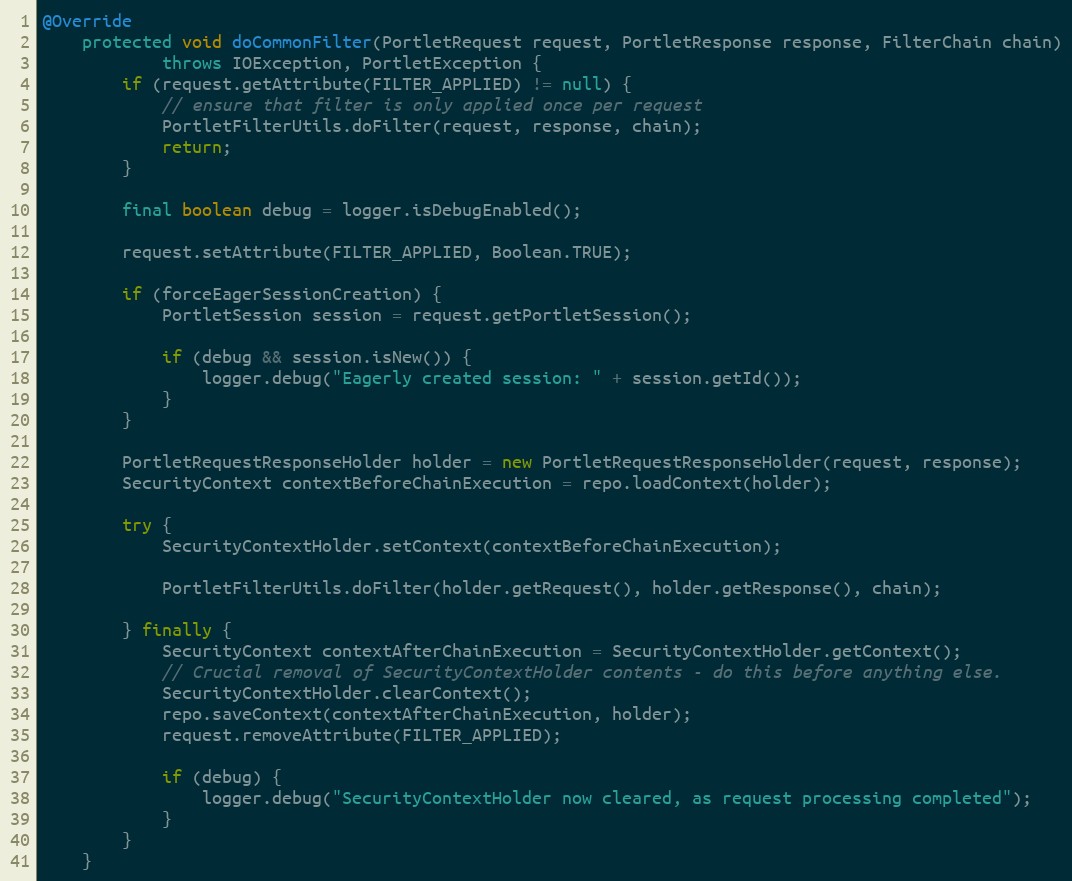
Language: Java
@Override
    protected void doCommonFilter(PortletRequest request, PortletResponse response, FilterChain chain)
            throws IOException, PortletException {
        if (request.getAttribute(FILTER_APPLIED) != null) {
            // ensure that filter is only applied once per request
            PortletFilterUtils.doFilter(request, response, chain);
            return;
        }

        final boolean debug = logger.isDebugEnabled();

        request.setAttribute(FILTER_APPLIED, Boolean.TRUE);

        if (forceEagerSessionCreation) {
            PortletSession session = request.getPortletSession();

            if (debug && session.isNew()) {
                logger.debug("Eagerly created session: " + session.getId());
            }
        }

        PortletRequestResponseHolder holder = new PortletRequestResponseHolder(request, response);
        SecurityContext contextBeforeChainExecution = repo.loadContext(holder);

        try {
            SecurityContextHolder.setContext(contextBeforeChainExecution);

            PortletFilterUtils.doFilter(holder.getRequest(), holder.getResponse(), chain);

        } finally {
            SecurityContext contextAfterChainExecution = SecurityContextHolder.getContext();
            // Crucial removal of SecurityContextHolder contents - do this before anything else.
            SecurityContextHolder.clearContext();
            repo.saveContext(contextAfterChainExecution, holder);
            request.removeAttribute(FILTER_APPLIED);

            if (debug) {
                logger.debug("SecurityContextHolder now cleared, as request processing completed");
            }
        }
    }